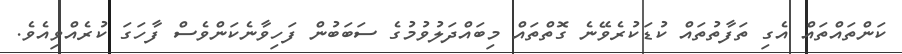
ކަންތައްތައް އެގި ތަފާތުތައް ކުޑަކުރެވޭނެ ގޮތްތައް މިބައްދަލުވުމުގެ ސަބަބުން ފަހިވާނެކަންވެސް ފާހަގަ ކުރެއްވިއެވެ.